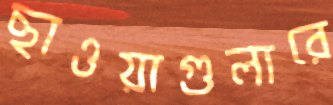
ছাওয়াগুলারে